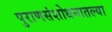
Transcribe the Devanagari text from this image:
पुराणसंशोधनातल्या